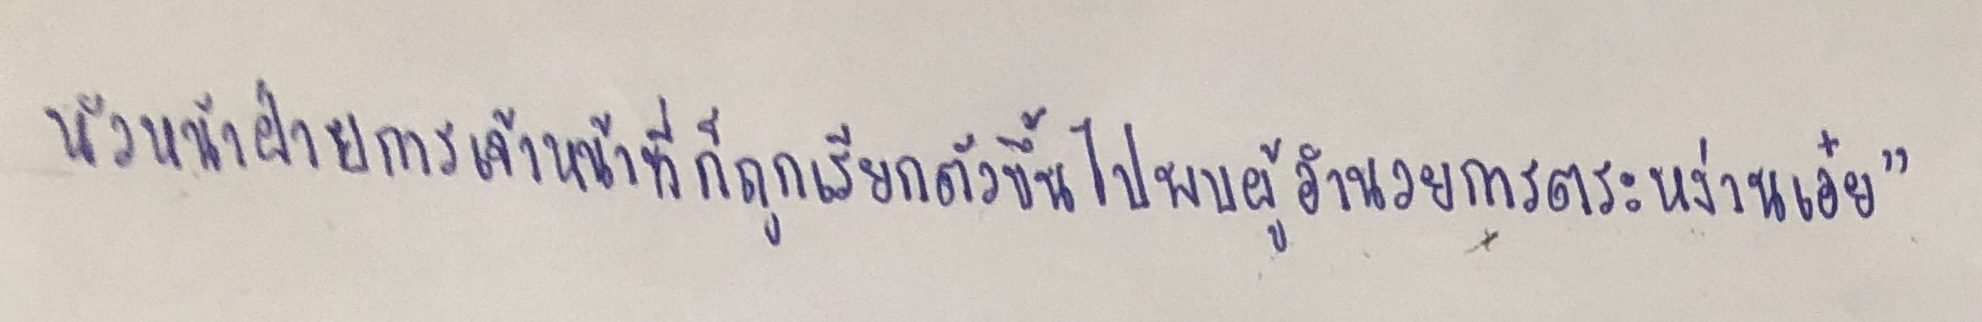
หัวหน้าฝ่ายการเจ้าหน้าที่ก็ถูกเรียกตัวขึ้นไปพบผู้อำนวยการตระหง่านเอ๋ย"